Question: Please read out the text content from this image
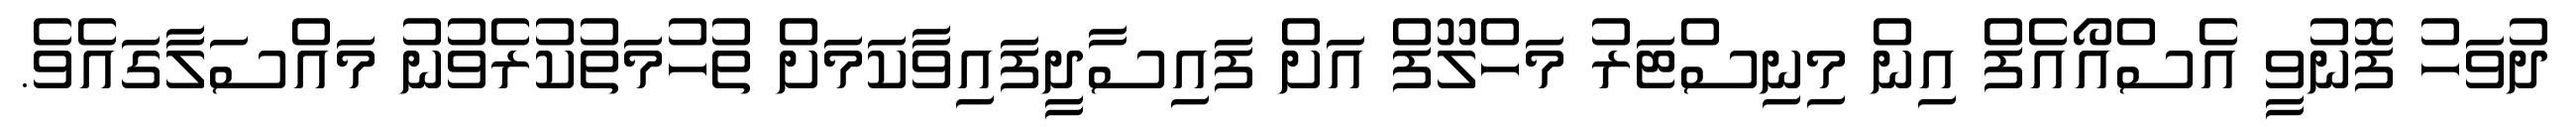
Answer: ދުވަހު ފޮނުވީ އެސްއޯއެފް އިން މިނިސްޓަރު މަހްލޫފް އަށް ފައިސާދީފައިވާކަމަށް ތުހުމަތުކުރެވުނު މައްސަލާގައެވެ.